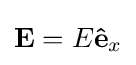
\mathbf {E} =E\mathbf {\hat {e}} _{x}